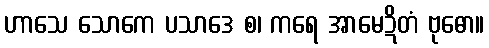
ဟာသေ သောကေ ပသာဒေ စ၊ ကရေ အာမေဍိတံ ဗုဓော။